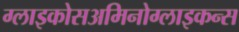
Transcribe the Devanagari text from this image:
ग्लाइकोसअमिनोग्लाइकन्स